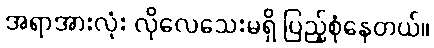
အရာအားလုံး လိုလေသေးမရှိ ပြည့်စုံနေတယ်။